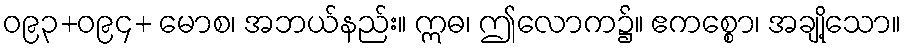
ဝ၉၃+ဝ၉၄+ မောစ၊ အဘယ်နည်း။ ဣဓ၊ ဤလောက၌။ ဧကစ္စော၊ အချို့သော။